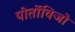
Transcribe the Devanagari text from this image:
पोर्तोविजो